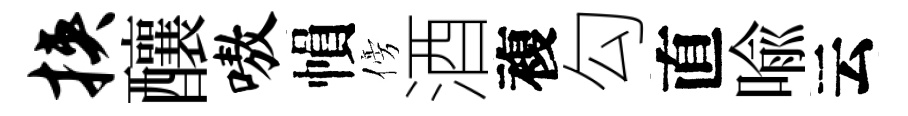
挟釀嗷𢄙傍酒複勾直喩云